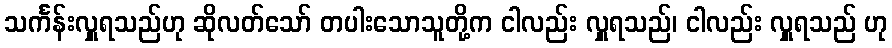
သင်္ကန်းလှူရသည်ဟု ဆိုလတ်သော် တပါးသောသူတို့က ငါလည်း လှူရသည်၊ ငါလည်း လှူရသည် ဟု